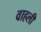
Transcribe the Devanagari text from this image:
वाहली